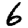
Digit: 6